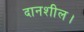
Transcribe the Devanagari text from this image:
दानशील।